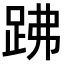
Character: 𧿳